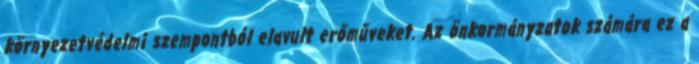
környezetvédelmi szempontból elavult erőműveket. Az önkormányzatok számára ez a